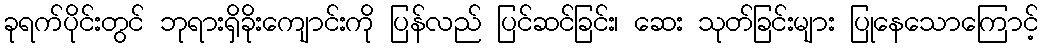
ခုရက်ပိုင်းတွင် ဘုရားရှိခိုးကျောင်းကို ပြန်လည် ပြင်ဆင်ခြင်း၊ ဆေး သုတ်ခြင်းများ ပြုနေသောကြောင့်